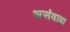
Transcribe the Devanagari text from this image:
असंवाद्य